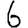
Digit: 6